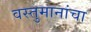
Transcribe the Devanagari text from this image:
वस्तुमानांचा